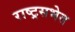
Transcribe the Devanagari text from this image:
राष्ट्रसभेत